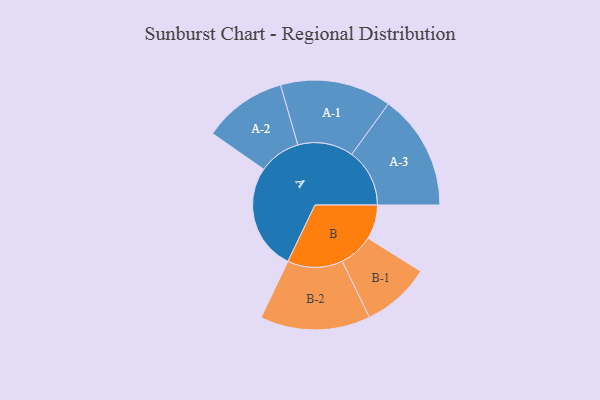
{"axis": {"x": "Segment", "y": "Value"}, "legend": ["", "A", "B"], "data": [{"x": "A", "y": 424, "type": ""}, {"x": "B", "y": 137, "type": ""}, {"x": "A-1", "y": 222, "type": "A"}, {"x": "A-2", "y": 167, "type": "A"}, {"x": "A-3", "y": 231, "type": "A"}, {"x": "B-1", "y": 137, "type": "B"}, {"x": "B-2", "y": 220, "type": "B"}]}